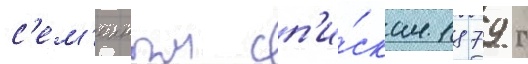
с'ем'еиным сп'и́скам 1879 г